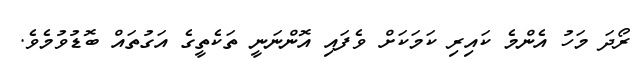
ރޯދަ މަހު އެންމެ ކައިރި ކަމަކަށް ވެފައި އޮންނަނީ ތަކެތީގެ އަގުތައް ބޮޑުވުމެވެ.